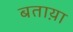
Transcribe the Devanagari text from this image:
बताय़ा